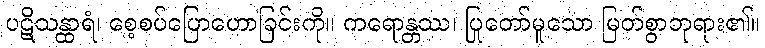
ပဋိသန္ထာရံ၊ စေ့စပ်ပြောဟောခြင်းကို။ ကရောန္တဿ၊ ပြုတော်မူသော မြတ်စွာဘုရား၏။